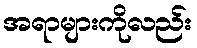
အရာများကိုလည်း